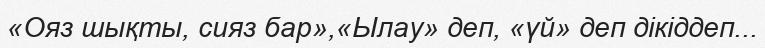
«Ояз шықты, сияз бар»,«Ылау» деп, «үй» деп дікіддеп...